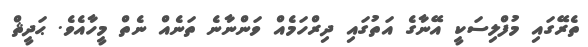
ތެރޭގައި މުފްލިސަކީ އޭނާގެ އަތުގައި ދިރްހަމެއް ވަންނާނެ ތަނެއް ނެތް މީހާއެވެ. ޙަދީޘް